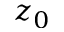
z _ { 0 }